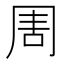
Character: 𠱬